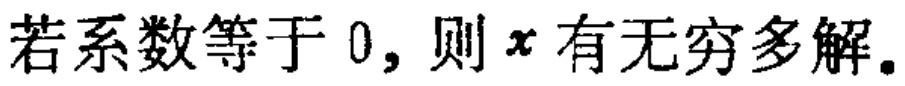
若系数等于 0，则 \(x\) 有无穷多解。